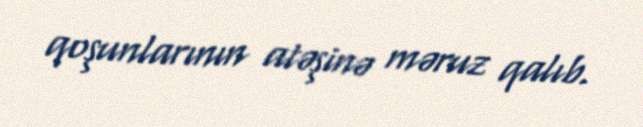
qoşunlarının atəşinə məruz qalıb.